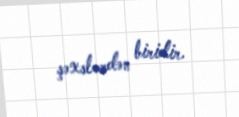
şəxslərdən biridir.